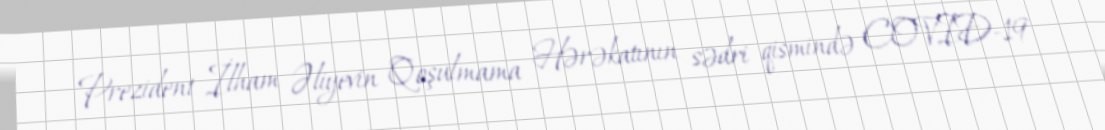
Prezident İlham Əliyevin Qoşulmama Hərəkatının sədri qismində COVID-19